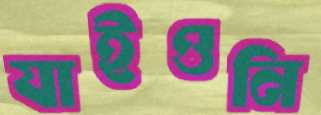
যাইওনি